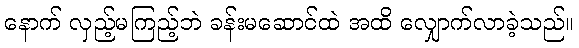
နောက် လှည့်မကြည့်ဘဲ ခန်းမဆောင်ထဲ အထိ လျှောက်လာခဲ့သည်။